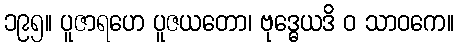
၁၉၅။ ပူဇာရဟေ ပူဇယတော၊ ဗုဒ္ဓေယဒိ ဝ သာဝကေ။